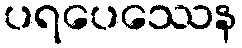
ပရပေဿေန